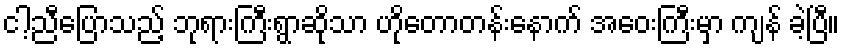
ငါ့ညီပြောသည့် ဘုရားကြီးရွာဆိုသာ ဟိုတောတန်းနောက် အဝေးကြီးမှာ ကျန် ခဲ့ပြီ။